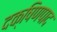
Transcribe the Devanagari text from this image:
दक्षिणपाद